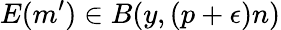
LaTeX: E(m^{\prime})\in B(y,(p+\epsilon)n)